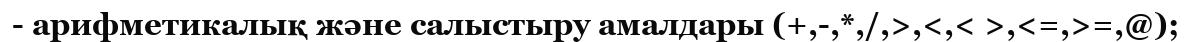
- арифметикалық және салыстыру амалдары (+,-,*,/,>,<,< >,<=,>=,@);